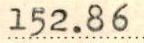
152.86